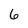
Character: 6